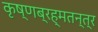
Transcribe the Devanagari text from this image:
कृष्णब्रह्मतन्त्र